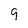
Character: 9